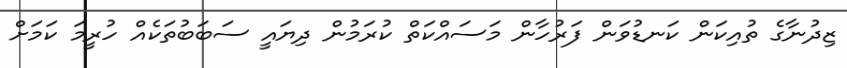
ޒިދުނާގެ ތުއިކަން ކަނޑުވަން ފަރުހާން މަސައްކަތް ކުރަމުން ދިޔައީ ސަބަބުތަކެއް ހުރީމަ ކަމަށް